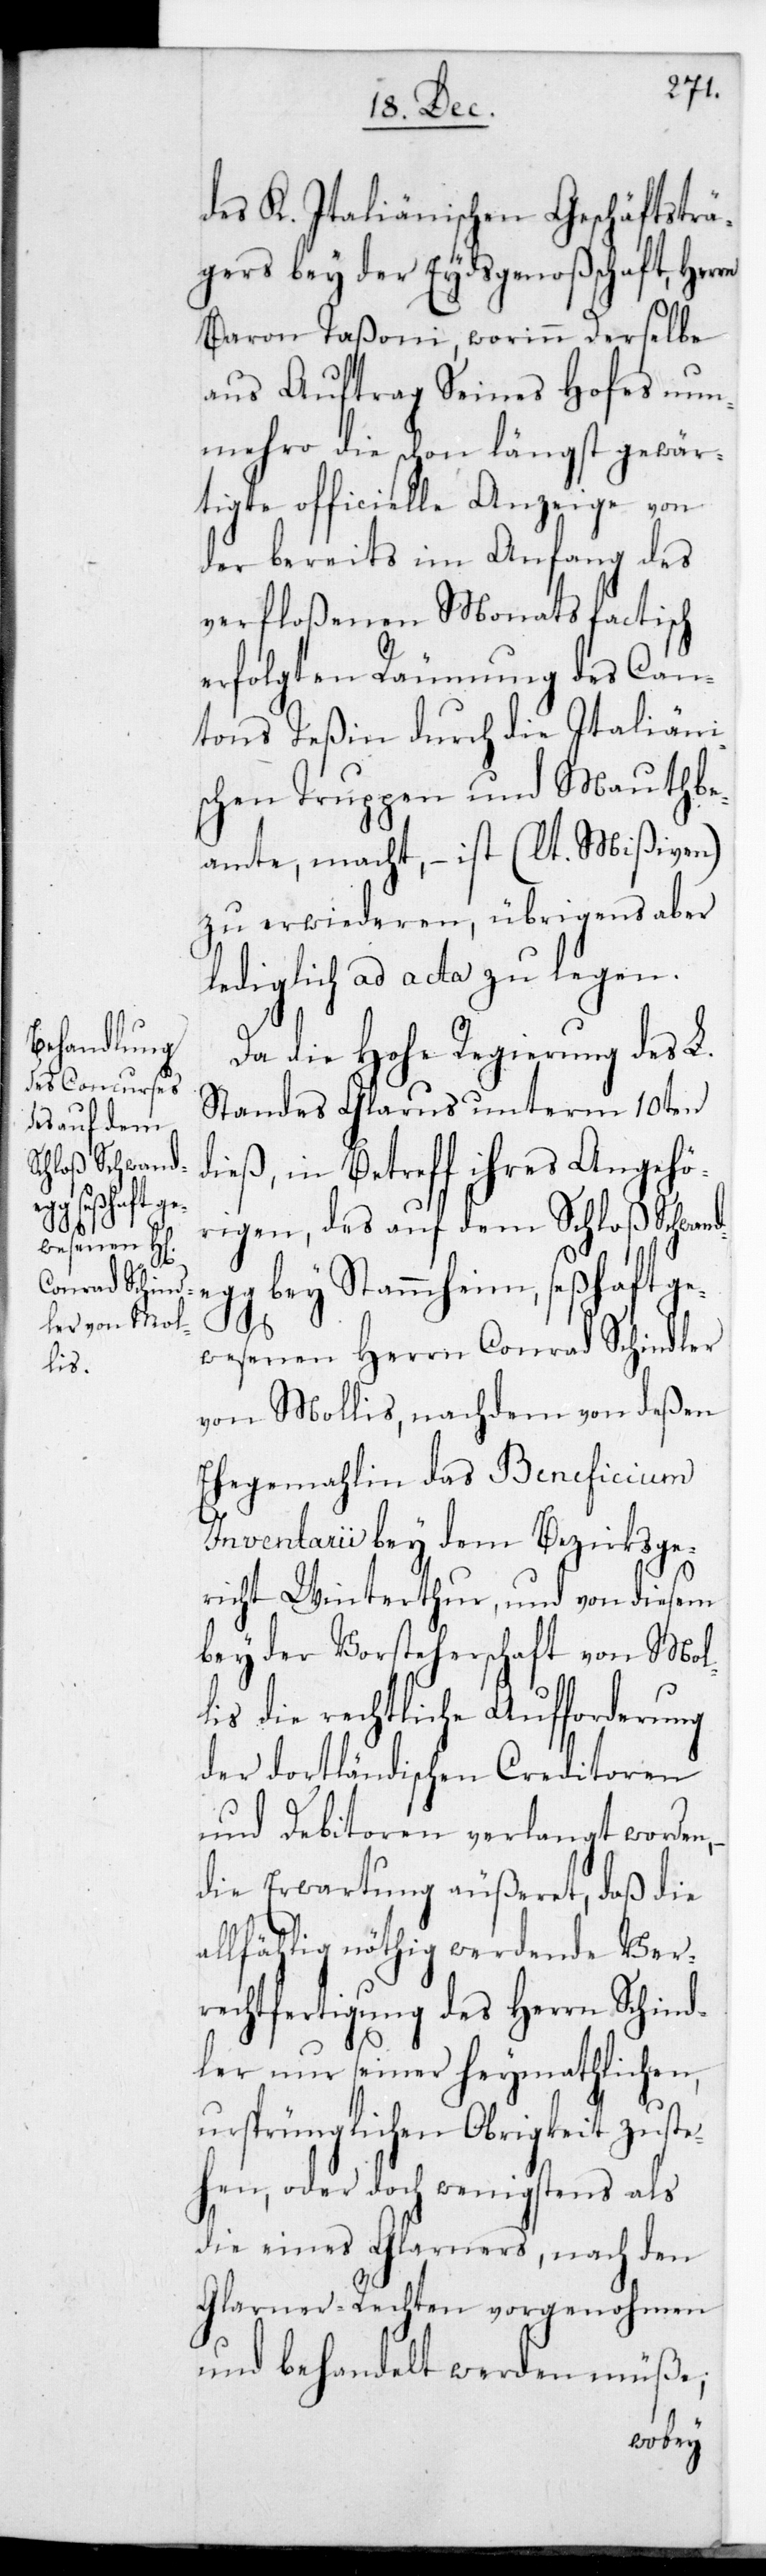
ge¬
deg¬

des K. Italiänischen Geschäftsträ¬
gers bey der Eydsgenoßenschaft, Her¬
Baron Taßoni, worinn derselbe
aus Auftrag seines Hofes nun¬
mehro die schon längst gewär¬
tigte officielle Anzeige von
der bereits im Anfang des
verfloßenen Monats factisch
erfolgten Räumung des Can¬
tons Teßin durch die Italiäni¬
schen Truppen und Mautbe¬
amte, macht, – ist (lt. Mißiven)
zu erwiederen, übrigens aber
lediglich ad acta zu legen.
Da die Hohe Regierung des L.
Standes Glarus unterm 10ten
dieß, in Betreff ihres Angehö¬
rigen, des auf dem Schloß Schwan¬
g bey Stammheim, seßhaft
wesenen Herrn Conrad Schindler
von Mollis, nachdem von deßen
Ehegemalin das Beneficium
Inventarii bey dem Bezirksge¬
richt Winterthur, und von diesem
bey der Vorsteherschaft von Mol¬
lis die rechtliche Aufforderung
der dortländischen Creditoren
und Debitoren verlangt worden,
die Erwartung äußeret, daß die
allfählig nöthig werdende Ver¬
rechtfertigung des Herrn Schind¬
ler nur seiner heymathlichen,
ursprünglichen Obrigkeit zuste¬
hen, oder doch wenigstens als
die eines Glarners, nach den
Glarner-Rechten vorgenohmen
und behandelt werden müße,